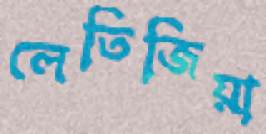
লেতিজিয়া